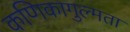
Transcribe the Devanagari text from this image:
कणिकागुल्मता